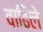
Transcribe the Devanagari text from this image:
वाढिले